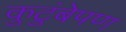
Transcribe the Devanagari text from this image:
कुटुंबेपण